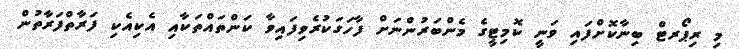
މި ރިޕޯރޓް ބިނާކޮށްފައި ވަނީ ކޮމިޓީގެ މެންބަރުންނަށް ފާހަގަކުރެވިފައިވާ ކަންތައްތަކާއި އެކިއެކި ފަރާތްފަރާތުން